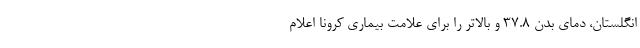
انگلستان، دمای بدن 37.8 و بالاتر را برای علامت بیماری کرونا اعلام